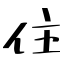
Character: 住